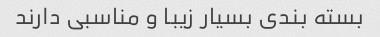
بسته بندی بسیار زیبا و مناسبی دارند